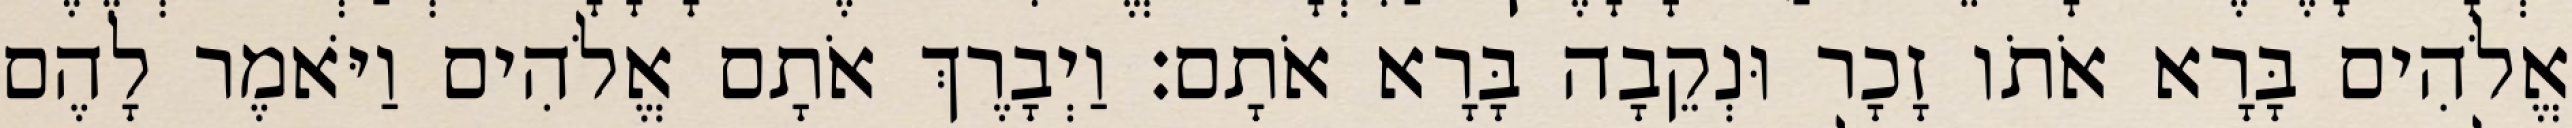
אֱלֹהִים בָּרָא אֹתֹו זָכָר וּנְקֵבָה בָּרָא אֹתָם׃ וַיְבָרֶךְ אֹתָם אֱלֹהִים וַיֹּאמֶר לָהֶם